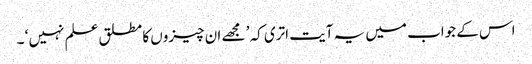
اس کے جواب میں یہ آیت اتری کہ ’ مجھے ان چیزوں کا مطلق علم نہیں ‘ ۔